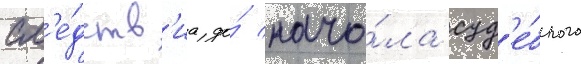
сл'е́дств'иа до́ нача́ла суд'е́бного